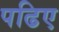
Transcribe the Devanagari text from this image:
पढिए